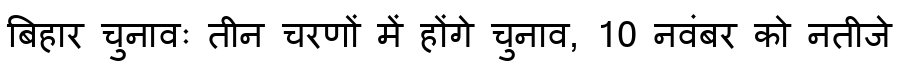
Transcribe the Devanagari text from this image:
बिहार चुनावः तीन चरणों में होंगे चुनाव, 10 नवंबर को नतीजे